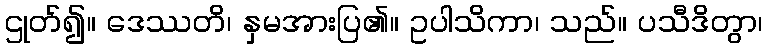
ဌုတ်၍။ ဒေဿတိ၊ နှမအားပြ၏။ ဥပါသိကာ၊ သည်။ ပသီဒိတွာ၊